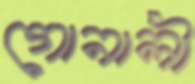
গোনালী